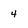
Character: 4